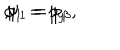
\phi _ { 1 } = p _ { y } \hspace { 5 m m } , \hspace { 5 m m } \psi _ { 1 } = p _ { \beta } ,